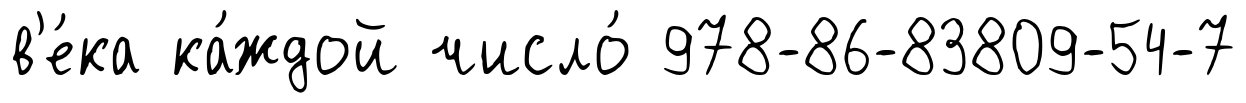
в'е́ка ка́ждой число́ 978-86-83809-54-7